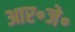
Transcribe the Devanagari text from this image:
आर॰जे॰